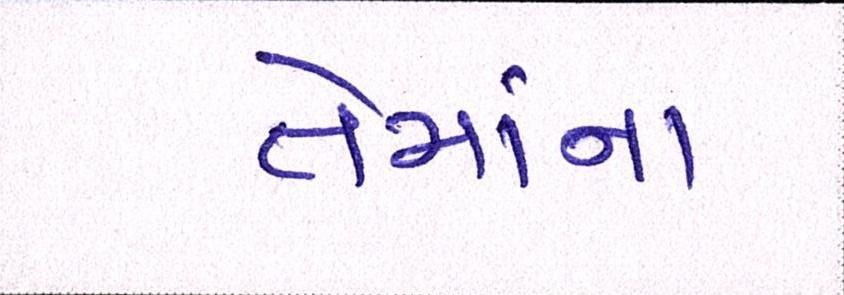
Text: તેમાંના